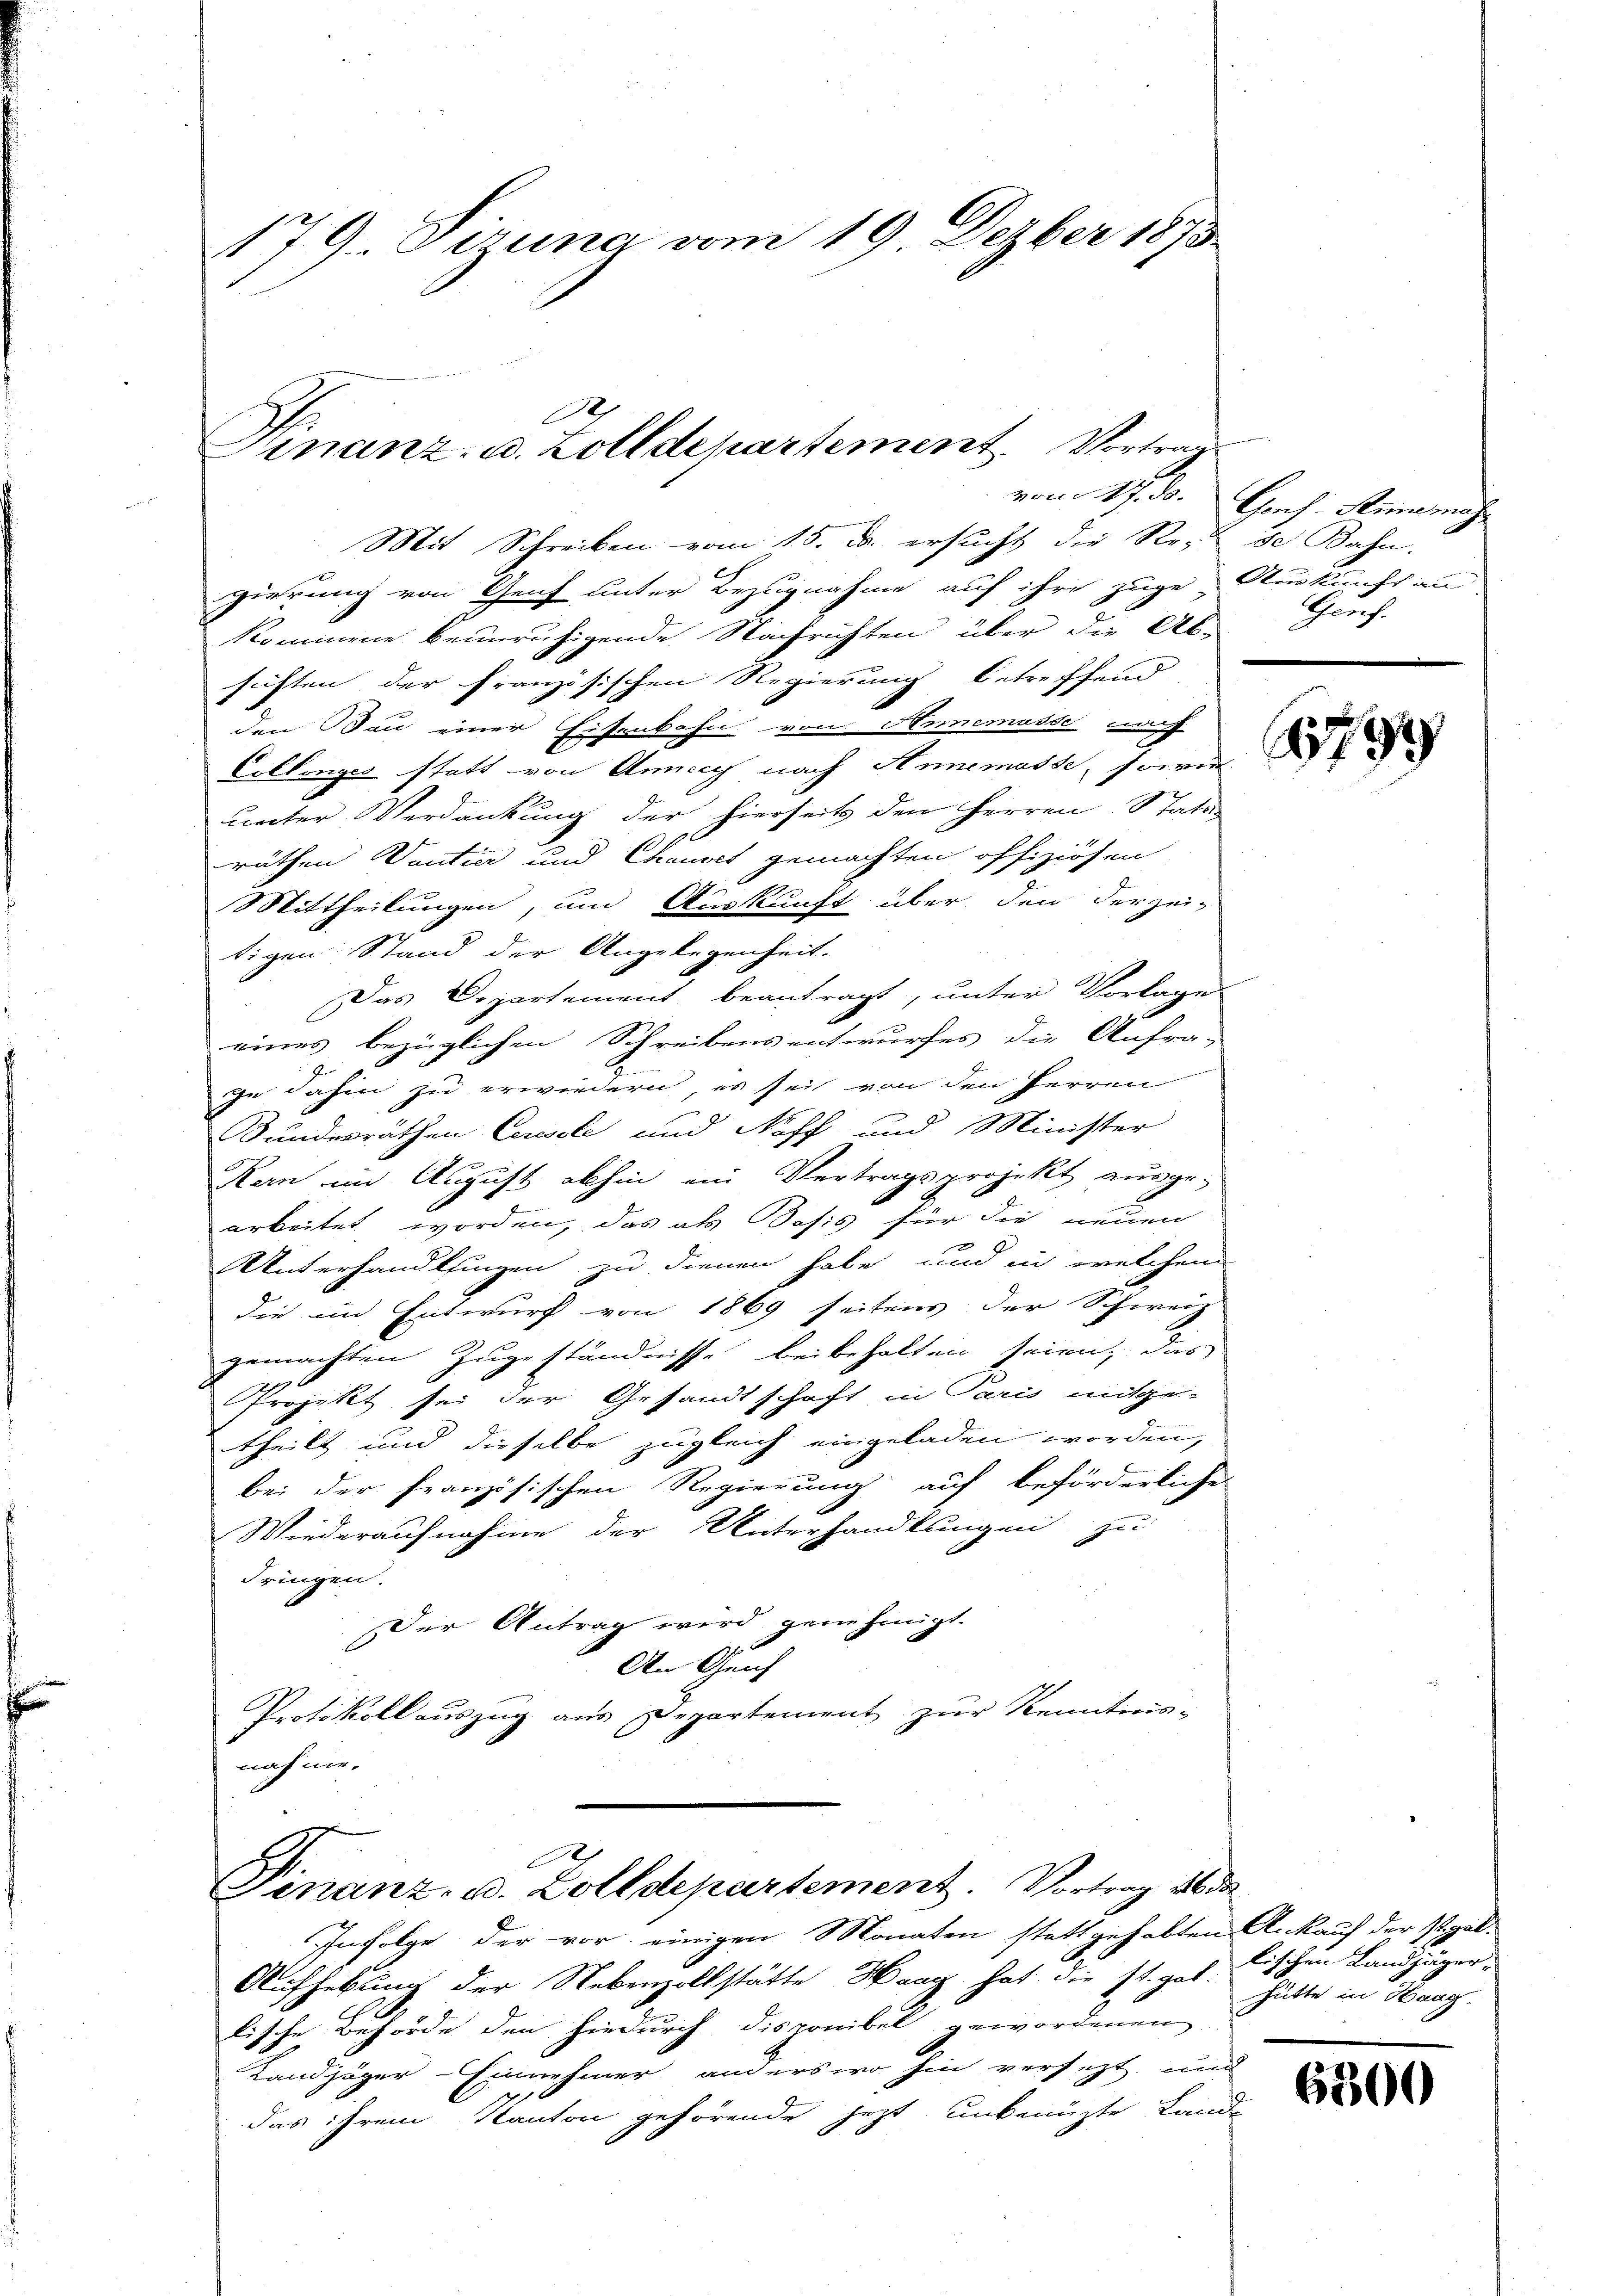
179. Dirung vom 19. Dezber 1873

1
Finanz- u. Zolldepartement. Vortrag
vom 17. ds.

Mit Schreiben vom 15. ds. ersucht die Re-
gierung von Genf unter Bezugnahme auf ihre zuge Auskunft an
kommene beunruhigende Nachrichten über die Ab-
sichten der französischen Regierung betreffend
den Bau einer Eisenbahn von Annemasse nach
Collonges statt von Annach nach Annemasse, sowie
unter Verdankung der hierseits den Herren Statu
räthen Ventie und Chauses gemachten offiziösen
1
Mittheilungen, um Auskunft über den derzei-
tigen Stand der Angelegenheit.
Das Departement beantragt, unter Vorlage
eines bezüglichen Schreibensentwurfes die Anfra-
ihn dahin zu erwiedern, es sei von den Herren
Bundesräthen Censele und Noff und Minister
Kern im August abhin ein Vertragsprojekt ausge-
arbeitet worden, das als Dosis für die neuen
Unterhandlungen zu dienen habe, und in welchem
die im Entwurf von 1869 seitens der Schweiz
gemachten Zugeständnisse beibehalten seien, das
Projekt sei der Gesandtschaft in Paris mitge-
theilt und dieselbe zugleich eingeladen worden,
bei der französischen Regierung auf beförderliche
Wiederaufnahme der Unterhandlungen zu
dringen.
Der Antrag wird genehmigt.
An Genf
Protokoll auszug aus Departement zur Kenntnis-
nahme.

Infolge der vor einigen Monaten stattgehabten Ankauf der Spal¬
Aufhebung der Nebenzollstätte Haag hat die st. gab. Hätte in Haag.
lische Behörde den hiedurch disponibel gewordenen
Landzüger-Einnehmer anderswo hin versezt und
das ihrem Kanton gehörende jetzt unbenüzte Land-

h
Finanz- u. Zolldepartement. Vortrag 1630

Gruch-Stimmat
se Bahn.
Genf.

E

1799

lischen Landjäger,

6800